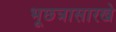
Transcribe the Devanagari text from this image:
भूछत्रासारखे